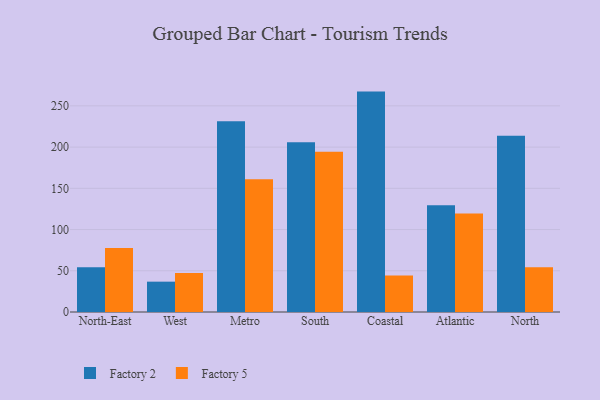
{"axis": {"x": "Region", "y": "Satisfaction Score"}, "legend": ["Factory 2", "Factory 5"], "data": [{"x": "North-East", "y": 54.3, "type": "Factory 2"}, {"x": "North-East", "y": 77.7, "type": "Factory 5"}, {"x": "West", "y": 36.8, "type": "Factory 2"}, {"x": "West", "y": 47.4, "type": "Factory 5"}, {"x": "Metro", "y": 231.4, "type": "Factory 2"}, {"x": "Metro", "y": 160.9, "type": "Factory 5"}, {"x": "South", "y": 206.0, "type": "Factory 2"}, {"x": "South", "y": 194.5, "type": "Factory 5"}, {"x": "Coastal", "y": 267.3, "type": "Factory 2"}, {"x": "Coastal", "y": 44.3, "type": "Factory 5"}, {"x": "Atlantic", "y": 129.4, "type": "Factory 2"}, {"x": "Atlantic", "y": 119.4, "type": "Factory 5"}, {"x": "North", "y": 213.9, "type": "Factory 2"}, {"x": "North", "y": 54.3, "type": "Factory 5"}]}